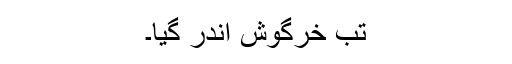
تب خرگوش اندر گیا۔